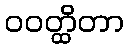
ဝဝတ္ထိတာ